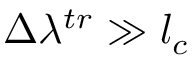
\Delta \lambda ^ { t r } \gg l _ { c }